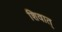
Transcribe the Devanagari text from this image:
शिवात्